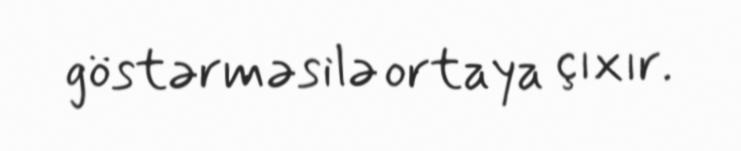
göstərməsilə ortaya çıxır.